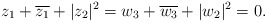
\begin{align*}z_1+\overline{z_1}+|z_2|^2=w_3+\overline{w_3}+|w_2|^2=0.\end{align*}